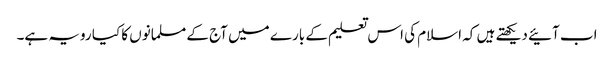
اب آئیے دیکھتے ہیں کہ اسلام کی اس تعلیم کے بارے میں آج کے مسلمانوں کا کیا رویہ ہے۔